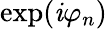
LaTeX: \exp(\mathit{i}\varphi_{n})